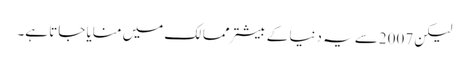
لیکن 2007سے یہ دنیا کے بیشتر ممالک میں منایا جاتا ہے۔